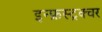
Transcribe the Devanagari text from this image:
इन्फ्रस्ट्रक्चर